Indian journal of veterinary science and animal husbandry - Volumes 15-17, 1948-1951
Year: 1948
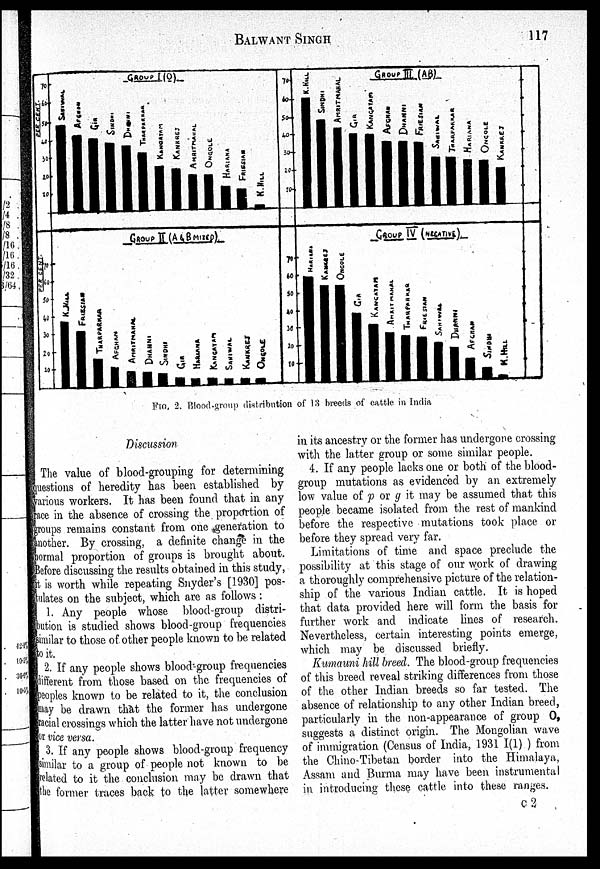
BALWANT
SINGH
117
FIG. 2. Blood-group distribution of 13 breeds of cattle in India
Discussion
The value of blood-grouping for determining
questions of heredity has been established by
various workers. It has been found that in any
race in the absence of crossing the proportion of
groups remains constant from one generation to
another. By crossing, a definite change in the
normal proportion of groups is brought about.
Before discussing the results obtained in this study,
it is worth while repeating Snyder's [1930] pos-
tulates on the subject, which are as follows:
1. Any people whose blood-group distri-
bution is studied shows blood-group frequencies
similar to those of other people known to be related
to it.
2. If any people shows blood-group frequencies
different from those based on the frequencies of
peoples known to be related to it, the conclusion
may be drawn that the former has undergone
racial crossings which the latter have not undergone
or vice versa.
3. If any people shows blood-group frequency
similar to a group of people not known to be
related to it the conclusion may be drawn that
the former traces back to the latter somewhere
in its ancestry or the former has undergone crossing
with the latter group or some similar people.
4. If any people lacks one or both of the blood-
group mutations as evidenced by an extremely
low value of p or g it may be assumed that this
people became isolated from the rest of mankind
before the respective mutations took place or
before they spread very far.
Limitations of time and space preclude the
possibility at this stage of our work of drawing
a thoroughly comprehensive picture of the relation-
ship of the various Indian cattle. It is hoped
that data provided here will form the basis for
further work and indicate lines of research.
Nevertheless, certain interesting points emerge,
which may be discussed briefly.
Kumauni hill breed. The blood-group frequencies
of this breed reveal striking differences from those
of the other Indian breeds so far tested. The
absence of relationship to any other Indian breed,
particularly in the non-appearance of group O,
suggests a distinct origin. The Mongolian wave
of immigration (Census of India, 1931 I(1) ) from
the Chino-Tibetan border into the Himalaya,
Assam and Burma may have been instrumental
in introducing these cattle into these ranges.
C 2